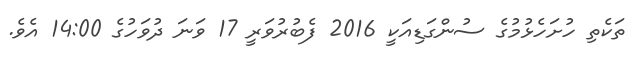
ތަކެތި ހުށަހެޅުމުގެ ސުންގަޑިއަކީ 2016 ފެބުރުވަރީީ 17 ވަނަ ދުވަހުގެ 14:00 އެވެ.